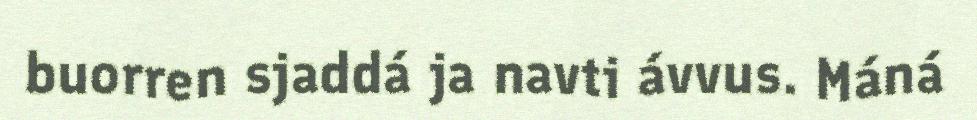
buorren sjaddá ja navti ávvus. Máná